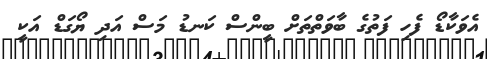
އެވަކާޑޯ ފެހި ފަތުގެ ބާވަތްތަށް ބީންސް ކަނޑު މަސް އަދި ޔޯގަޑް އަކީ